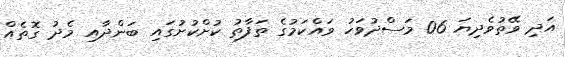
އަދި ވޭތުވެދިޔަ 06 މަސްދުވަހު ވައްކަމުގެ ތަފާތު ކުށްކުށުގައި ބަންދާއި މެދު ގޮތެއް